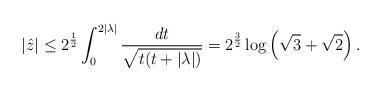
LaTeX: \begin{align*}|\hat{z}| \leq 2^{\frac12}\int_{0}^{2|\lambda|}\frac{dt}{\sqrt{t(t + |\lambda|)}} =2^{\frac32}\log\left(\sqrt{3} + \sqrt{2}\right).\end{align*}